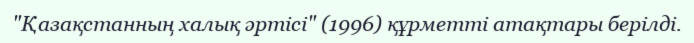
"Қазақстанның халық әртісі" (1996) құрметті атақтары берілді.